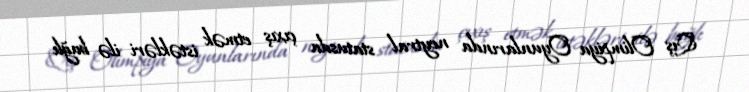
Qış Olimpiya Oyunlarında neytral statusda çıxış etmək istəkləri ilə bağlı